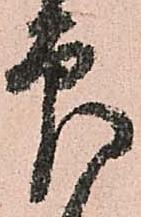
印